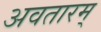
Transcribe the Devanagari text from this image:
अवतारम्